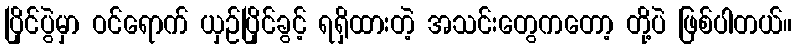
ပြိုင်ပွဲမှာ ဝင်ရောက် ယှဉ်ပြိုင်ခွင့် ရရှိထားတဲ့ အသင်းတွေကတော့ တို့ပဲ ဖြစ်ပါတယ်။